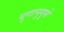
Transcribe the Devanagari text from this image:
युगानुयुगे